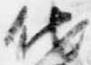
他